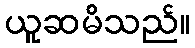
ယူဆမိသည်။